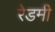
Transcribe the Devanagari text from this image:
रेडमी